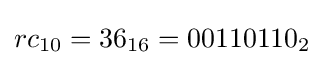
rc_{10}=36_{16}=00110110_{2}